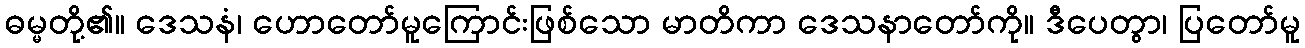
ဓမ္မတို့၏။ ဒေသနံ၊ ဟောတော်မူကြောင်းဖြစ်သော မာတိကာ ဒေသနာတော်ကို။ ဒီပေတွာ၊ ပြတော်မူ